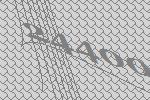
24400